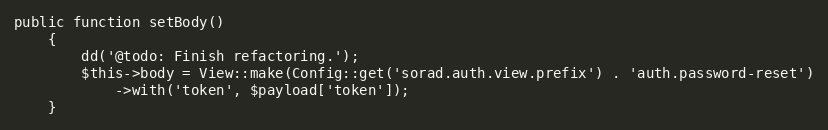
Language: PHP
public function setBody()
	{
		dd('@todo: Finish refactoring.');
		$this->body = View::make(Config::get('sorad.auth.view.prefix') . 'auth.password-reset')
			->with('token', $payload['token']);
	}